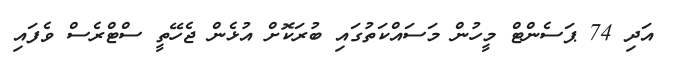
އަދި 74 ޕަސެންޓް މީހުން މަސައްކަތުގައި ބުރަކޮށް އުޅެން ޖެހޭތީ ސްޓްރެސް ވެފައި